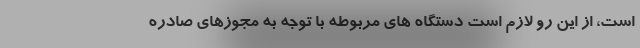
است، از این رو لازم است دستگاه های مربوطه با توجه به مجوزهای صادره